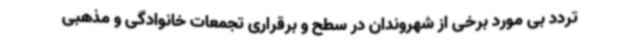
تردد بی مورد برخی از شهروندان در سطح و برقراری تجمعات خانوادگی و مذهبی